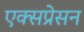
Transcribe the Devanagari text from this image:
एक्सप्रेसन